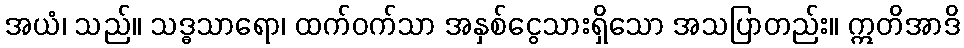
အယံ၊ သည်။ သဒ္ဓသာရော၊ ထက်ဝက်သာ အနှစ်ငွေသားရှိသော အသပြာတည်း။ ဣတိအာဒိ